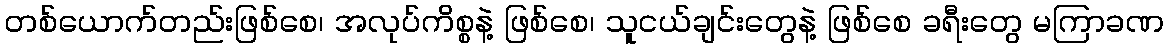
တစ်ယောက်တည်းဖြစ်စေ၊ အလုပ်ကိစ္စနဲ့ ဖြစ်စေ၊ သူငယ်ချင်းတွေနဲ့ ဖြစ်စေ ခရီးတွေ မကြာခဏ